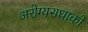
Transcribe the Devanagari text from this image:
अरोग्यसधाकों